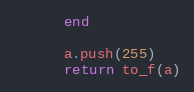
Language: Ruby
      end

      a.push(255)
      return to_f(a)